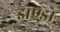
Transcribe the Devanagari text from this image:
झण्डो